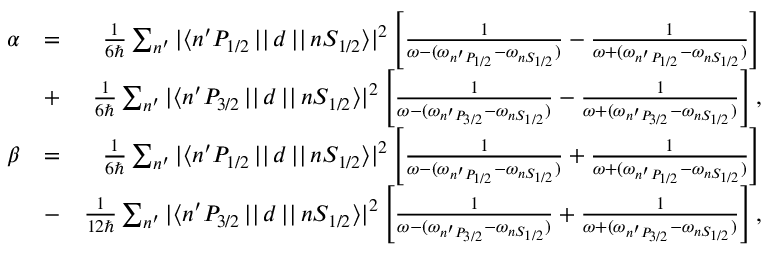
\begin{array} { r l r } { \alpha } & { = } & { \frac { 1 } { 6 \hbar } \sum _ { n ^ { \prime } } { | \langle n ^ { \prime } P _ { 1 / 2 } \, | | \, d \, | | \, n S _ { 1 / 2 } \rangle | ^ { 2 } } \left[ \frac { 1 } { \omega - ( \omega _ { n ^ { \prime } P _ { 1 / 2 } } - \omega _ { n S _ { 1 / 2 } } ) } - \frac { 1 } { \omega + ( \omega _ { n ^ { \prime } P _ { 1 / 2 } } - \omega _ { n S _ { 1 / 2 } } ) } \right] } \\ & { + } & { \frac { 1 } { 6 \hbar } \sum _ { n ^ { \prime } } { | \langle n ^ { \prime } P _ { 3 / 2 } \, | | \, d \, | | \, n S _ { 1 / 2 } \rangle | ^ { 2 } } \left[ \frac { 1 } { \omega - ( \omega _ { n ^ { \prime } P _ { 3 / 2 } } - \omega _ { n S _ { 1 / 2 } } ) } - \frac { 1 } { \omega + ( \omega _ { n ^ { \prime } P _ { 3 / 2 } } - \omega _ { n S _ { 1 / 2 } } ) } \right] , } \\ { \beta } & { = } & { \frac { 1 } { 6 \hbar } \sum _ { n ^ { \prime } } { | \langle n ^ { \prime } P _ { 1 / 2 } \, | | \, d \, | | \, n S _ { 1 / 2 } \rangle | ^ { 2 } } \left[ \frac { 1 } { \omega - ( \omega _ { n ^ { \prime } P _ { 1 / 2 } } - \omega _ { n S _ { 1 / 2 } } ) } + \frac { 1 } { \omega + ( \omega _ { n ^ { \prime } P _ { 1 / 2 } } - \omega _ { n S _ { 1 / 2 } } ) } \right] } \\ & { - } & { \frac { 1 } { 1 2 \hbar } \sum _ { n ^ { \prime } } { | \langle n ^ { \prime } P _ { 3 / 2 } \, | | \, d \, | | \, n S _ { 1 / 2 } \rangle | ^ { 2 } } \left[ \frac { 1 } { \omega - ( \omega _ { n ^ { \prime } P _ { 3 / 2 } } - \omega _ { n S _ { 1 / 2 } } ) } + \frac { 1 } { \omega + ( \omega _ { n ^ { \prime } P _ { 3 / 2 } } - \omega _ { n S _ { 1 / 2 } } ) } \right] , } \end{array}